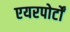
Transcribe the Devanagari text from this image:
एयरपोर्टों